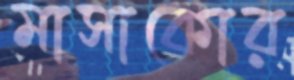
মাসাকোর